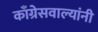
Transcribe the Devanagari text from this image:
काँग्रेसवाल्यांनी